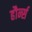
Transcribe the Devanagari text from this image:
हौर्न्स